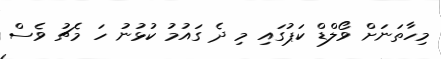
މިހާތަނަށް ވޯލްޑް ކަޕުގައި މި ދެ ގައުމު ކުޅުނު ހަ މެޗު ވެސް